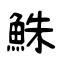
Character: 鮢